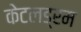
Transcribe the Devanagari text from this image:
केटलड्रम